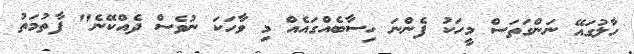
ހާލުގައޭ ނަންގަތަސް މީހަކު ފެންނަ ހިސާބެއްގައެއް މި ވާހަކަ ނުވެސް ދެއްކޭނެ" ފާތުމަތު